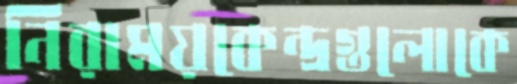
নিরাময়কেন্দ্রগুলোকে